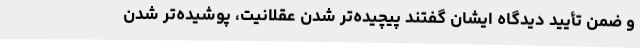
و ضمن تأیید دیدگاه ایشان گفتند پیچیده‌تر شدن عقلانیت، پوشیده‌تر شدن